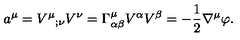
a ^ { \mu } = V ^ { \mu } { } _ { ; \nu } V ^ { \nu } = \Gamma _ { \alpha \beta } ^ { \mu } V ^ { \alpha } V ^ { \beta } = - { \frac { 1 } { 2 } } \nabla ^ { \mu } \varphi .